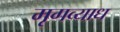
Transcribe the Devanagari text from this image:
मृगव्याध